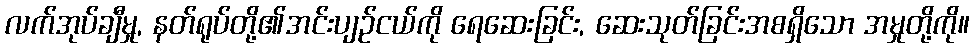
လက်အုပ်ချီမှု, နတ်ရုပ်တို့၏အင်းပျဉ်ငယ်ကို ရေဆေးခြင်း, ဆေးသုတ်ခြင်းအစရှိသော အမှုတို့ကို။